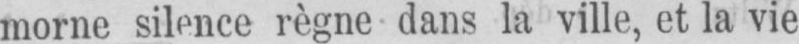
morne silence règne dans la ville, et la vie